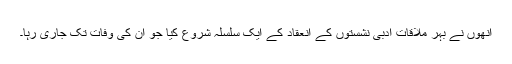
انھوں نے بہر ملاقات ادبی نشستوں کے انعقاد کے ایک سلسلہ شروع کیا جو ان کی وفات تک جاری رہا۔